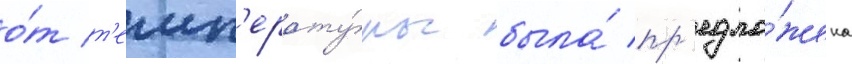
о́т т'емп'ерату́ры была́ пр'едло́жена